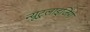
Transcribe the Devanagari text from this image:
न्यूट्रलाइजिंग